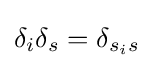
\delta _{i}\delta _{s}=\delta _{s_{i}s}